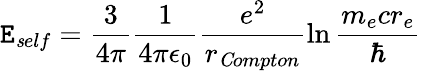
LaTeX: \mathtt{E}_{\mathit{s}elf}=\frac{{3}}{{4\pi}}\frac{{1}}{{4\pi\epsilon_{0}}}\frac{{e^{2}}}{{r_{\mathit{C}ompton}}}\ln\frac{{m_{e}cr_{e}}}{{\hbar}}